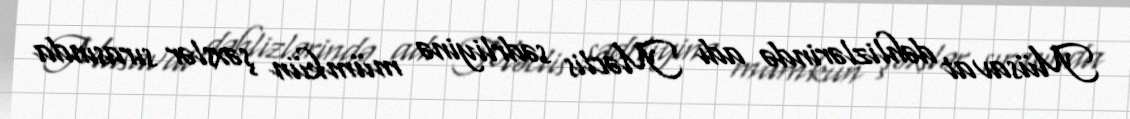
Müsavat dəhlizlərində adı Məclis sədrliyinə mümkün şəxslər sırasında